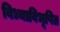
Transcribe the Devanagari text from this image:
विध्याविभूषित